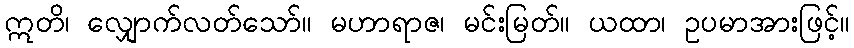
ဣတိ၊ လျှောက်လတ်သော်။ မဟာရာဇ၊ မင်းမြတ်။ ယထာ၊ ဥပမာအားဖြင့်။